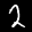
Label: 2